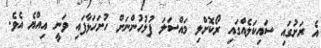
އެ ރަށުގައި ސައިކަލެއްގައި ރޯކޮށްލި މައްސަލަ ފުލުހުންނަށް ހުށަހަޅާފައި ވަނީ އިއްޔެ އެވެ.